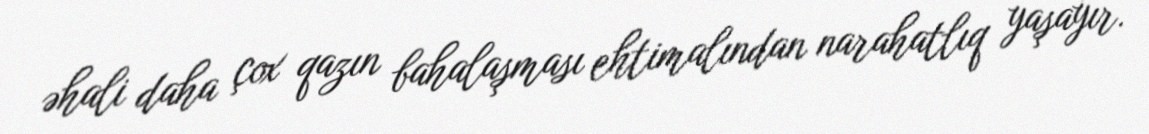
əhali daha çox qazın bahalaşması ehtimalından narahatlıq yaşayır.